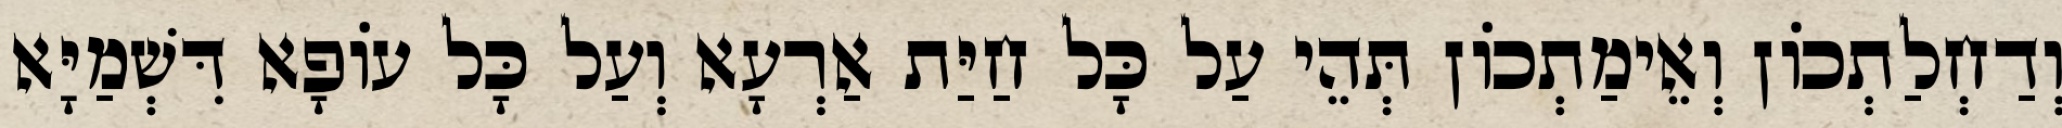
וְדַחְלַתְכוֹן וְאֵימַתְכוֹן תְּהֵי עַל כָּל חַיַּת אַרְעָא וְעַל כָּל עוֹפָא דִּשְׁמַיָּא